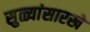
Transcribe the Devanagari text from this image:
सुळ्यांसारखे